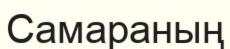
Самараның